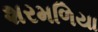
શરમળિયા